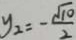
y _ { 2 } = - \frac { \sqrt { 1 0 } } { 2 }